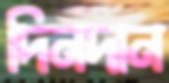
দিনদান